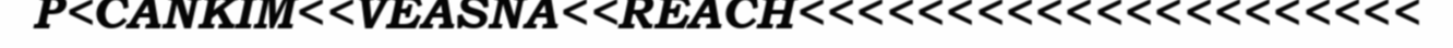
P<CANKIM<<VEASNA<<REACH<<<<<<<<<<<<<<<<<<<<<